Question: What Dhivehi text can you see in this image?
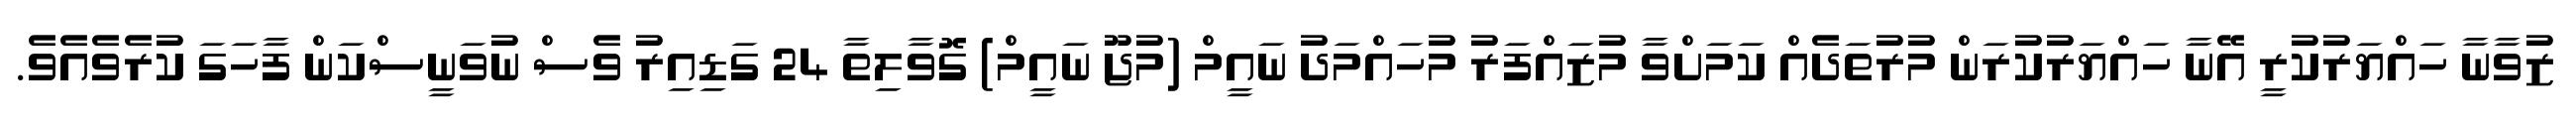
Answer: ޒުވާނާ ހައްޔަރުކުރީ އޭނާ ހައްޔަރުކުރަން މުރުތަދެއް ކަމަށްވާ މުޒައްފަރު މުހައްމަދު ނައީމް (މުޖޫ ނައީމް) ގޮވާލިތާ 24 ގަޑިއިރު ވެސް ނުވަނީސްކަން ފާހަގަ ކުރެވެއެވެ.